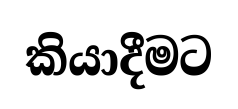
කියාදීමට